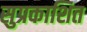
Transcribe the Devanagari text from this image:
सुप्रकाशित